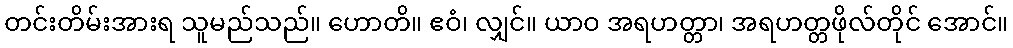
တင်းတိမ်းအားရ သူမည်သည်။ ဟောတိ။ ဧဝံ၊ လျှင်။ ယာဝ အရဟတ္တာ၊ အရဟတ္တဖိုလ်တိုင် အောင်။